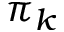
\pi _ { k }